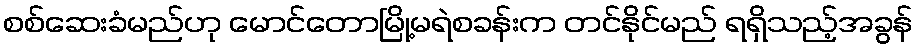
စစ်ဆေးခံမည်ဟု မောင်တောမြို့မရဲစခန်းက တင်နိုင်မည် ရရှိသည့်အခွန်